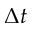
\Delta t